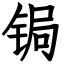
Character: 锔